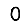
Digit: 0